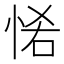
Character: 𢙵